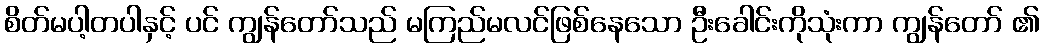
စိတ်မပါ့တပါနှင့် ပင် ကျွန်တော်သည် မကြည်မလင်ဖြစ်နေသော ဦးခေါင်းကိုသုံးကာ ကျွန်တော် ၏